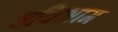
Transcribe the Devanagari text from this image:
हविभाग